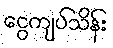
ငွေကျပ်သိန်း